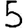
Digit: 5